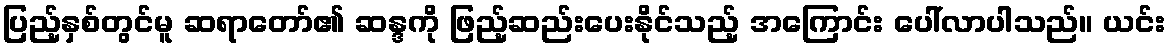
ပြည့်နှစ်တွင်မူ ဆရာတော်၏ ဆန္ဒကို ဖြည့်ဆည်းပေးနိုင်သည့် အကြောင်း ပေါ်လာပါသည်။ ယင်း